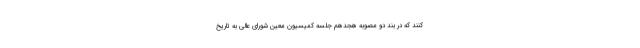
کنند که در بند دو مصوبه هجدهم جلسه کمیسیون معین شورای عالی به تاریخ